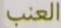
العنب